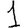
Digit: 1